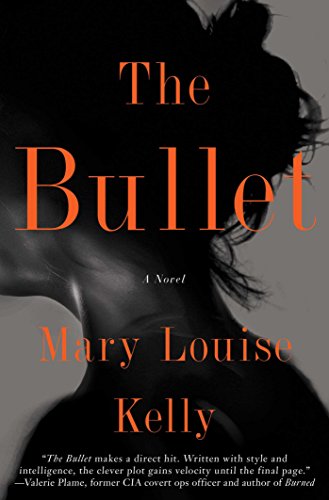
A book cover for The Bullet; Mary Louise Kelly; Literature & Fiction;